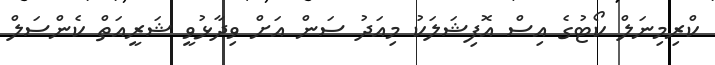
ކްރިމިނަލް ކޯޓުގެ އިސް އޮފިޝަލަކު މިއަދު ސަން އަށް ވިދާޅުވީ ޝަރީއަތް ކެންސަލް